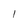
Character: 1